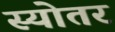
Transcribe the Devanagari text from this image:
स्योतर